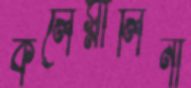
কলেস্নালিনী